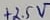
Text: +2.5V